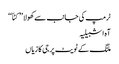
ٹرمپ کی جانب سے کھولا ’’ کٹاّ‘‘
آہ اشبیلیہ
ملنگ کے ٹویٹ پر جی کا زیاں